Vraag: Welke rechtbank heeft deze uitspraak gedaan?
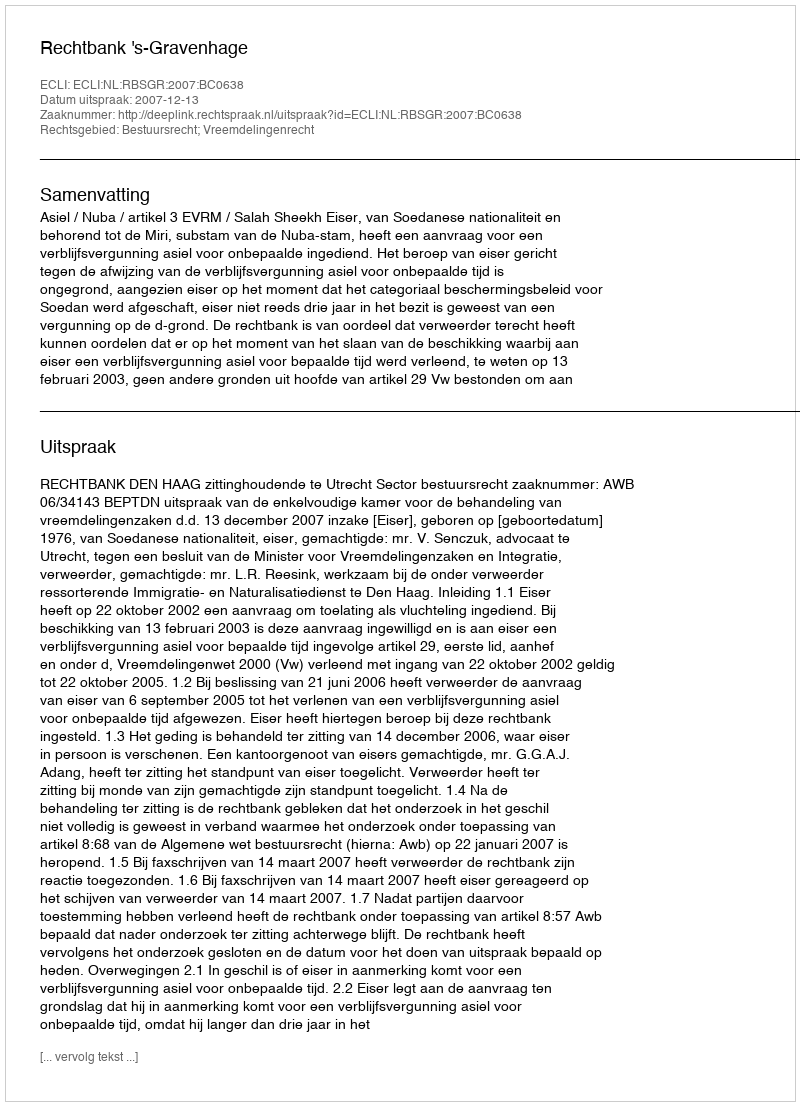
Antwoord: Rechtbank 's-Gravenhage